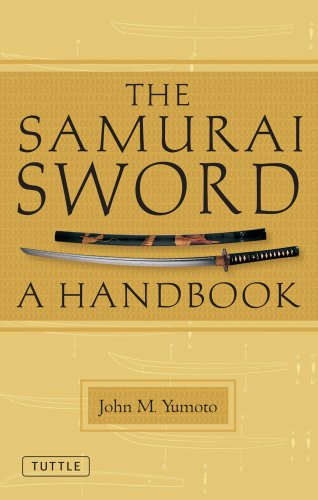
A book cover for The Samurai Sword: A Handbook; John M. Yumoto; Crafts, Hobbies & Home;